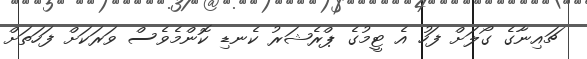
ޗައިނާގެ ގޯލަށް ފަހު އެ ޓީމުގެ ޕްރެޝަރު ކެނޑި ކޮންމެވެސް ވަރަކަށް ފަހަތަށް